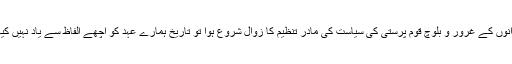
بلوچ نوجوانوں کے غرور و بلوچ قوم پرستی کی سیاست کی مادر تنظیم کا زوال شروع ہوا تو تاریخ ہمارے عہد کو اچھے الفاظ سے یاد نہیں کیا جائے گا۔